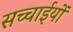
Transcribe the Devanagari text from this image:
सच्चाईयों